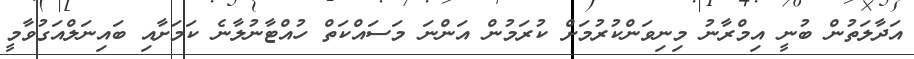
އަދާލަތުން ބުނީ އިމްރާނު މިނިވަންކުރުމަށް ކުރަމުން އަންނަ މަސައްކަތް ހުއްޓާނުލާނެ ކަމަށާއި ބައިނަލްއަގުވާމީ